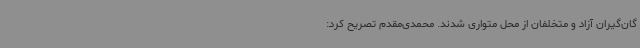
گان‌گیران آزاد و متخلفان از محل متواری شدند. محمدی‌مقدم تصریح کرد: